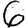
Digit: 6